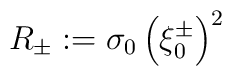
R_{\pm}:=\sigma_0\left(\xi_0^{\pm}\right)^2